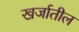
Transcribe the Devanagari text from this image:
खर्जातील